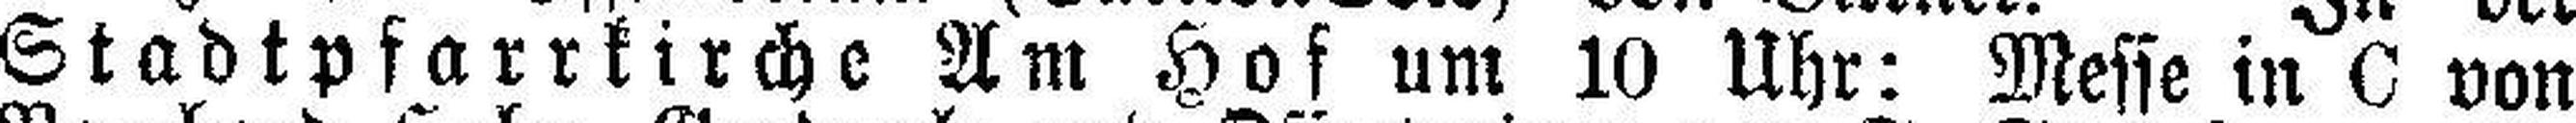
Stadtpfarrkirche Am Hof um 10 Uhr: Messe in C von